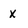
Character: X